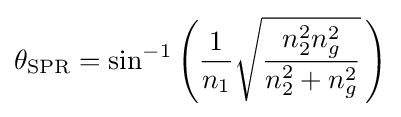
\theta _{\text{SPR}}=\sin ^{-1}\left({\frac {1}{n_{1}}}{\sqrt {\frac {n_{2}^{2}n_{g}^{2}}{n_{2}^{2}+n_{g}^{2}}}}\,\right)